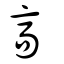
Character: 高